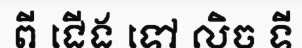
ពី ជើង ទៅ លិច ទី